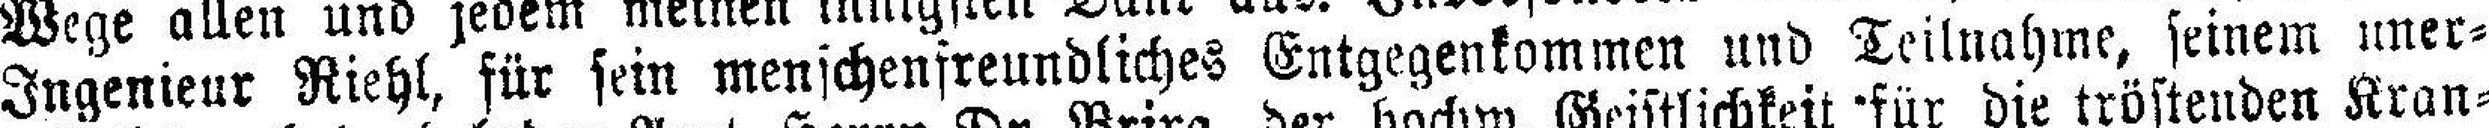
Ingenieur Riehl, für sein menschenfreundliches Entgegenkommen und Teilnahme, seinem uner¬